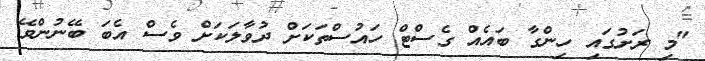
"މި ރަށުގައި ހިންގާ ބައެއް ގެސްޓް ހައުސްތަކަށް ދުވާލަކަށް ވެސް އެބަ ބޭނުންވޭ